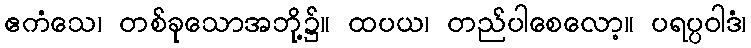
ဧကံသေ၊ တစ်ခုသောအဘို့၌။ ထပယ၊ တည်ပါစေလော့။ ပရပ္ပဝါဒံ၊